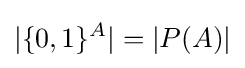
|\{0,1\}^{A}|=|P(A)|